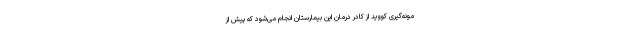
مونه‌گیری کووید از کادر درمان این بیمارستان انجام می‌شود که پیش از